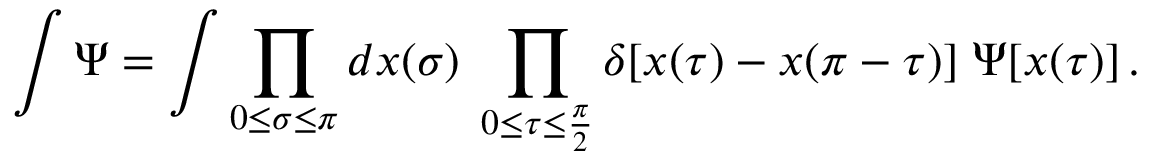
\int \Psi = \int \prod _ { 0 \leq \sigma \leq \pi } d x ( \sigma ) \; \prod _ { 0 \leq \tau \leq \frac { \pi } { 2 } } \delta [ x ( \tau ) - x ( \pi - \tau ) ] \; \Psi [ x ( \tau ) ] \, .